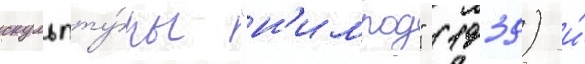
скульпту́ры "н'имрод" (1939) и́